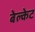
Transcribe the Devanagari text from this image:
बेल्केट